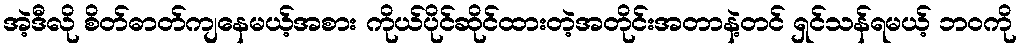
အဲ့ဒီလို စိတ်ဓာတ်ကျနေမယ့်အစား ကိုယ်ပိုင်ဆိုင်ထားတဲ့အတိုင်းအတာနဲ့တင် ရှင်သန်ရမယ့် ဘဝကို